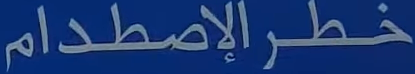
خطرالإصطدام